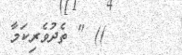
)) " ތެދުވެރިކަމާ